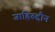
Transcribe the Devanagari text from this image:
जाहिरूद्दीन